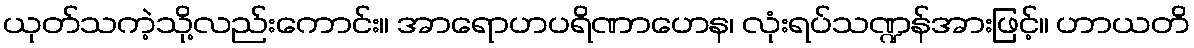
ယုတ်သကဲ့သို့လည်းကောင်း။ အာရောဟပရိဏာဟေန၊ လုံးရပ်သဏ္ဍန်အားဖြင့်။ ဟာယတိ